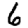
Digit: 6